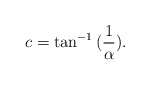
\begin{align*} c = \tan^{-1}{(\frac{1}{\alpha})}.\end{align*}